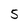
Character: 5